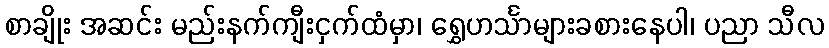
စာချိုး အဆင်း မည်းနက်ကျီးငှက်ထံမှာ၊ ရွှေဟင်္သာများခစားနေပါ၊ ပညာ သီလ